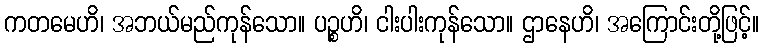
ကတမေဟိ၊ အဘယ်မည်ကုန်သော။ ပဉ္စဟိ၊ ငါးပါးကုန်သော။ ဌာနေဟိ၊ အကြောင်းတို့ဖြင့်။